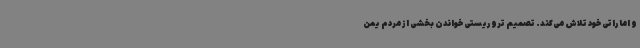
و اماراتی خود تلاش می‌کند. تصمیم تروریستی خواندن بخشی از مردم یمن